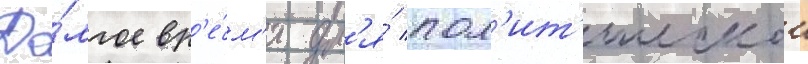
До́лгое вр'е́м'я дл'я́ пол'ит'ическои